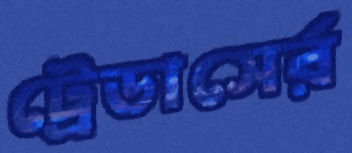
ট্রেডাসের্র